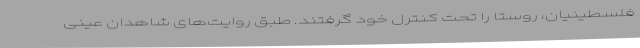
فلسطینیان، روستا را تحت کنترل خود گرفتند. طبق روایت‌های شاهدان عینی